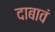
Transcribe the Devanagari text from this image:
दाबावं